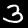
Label: 3